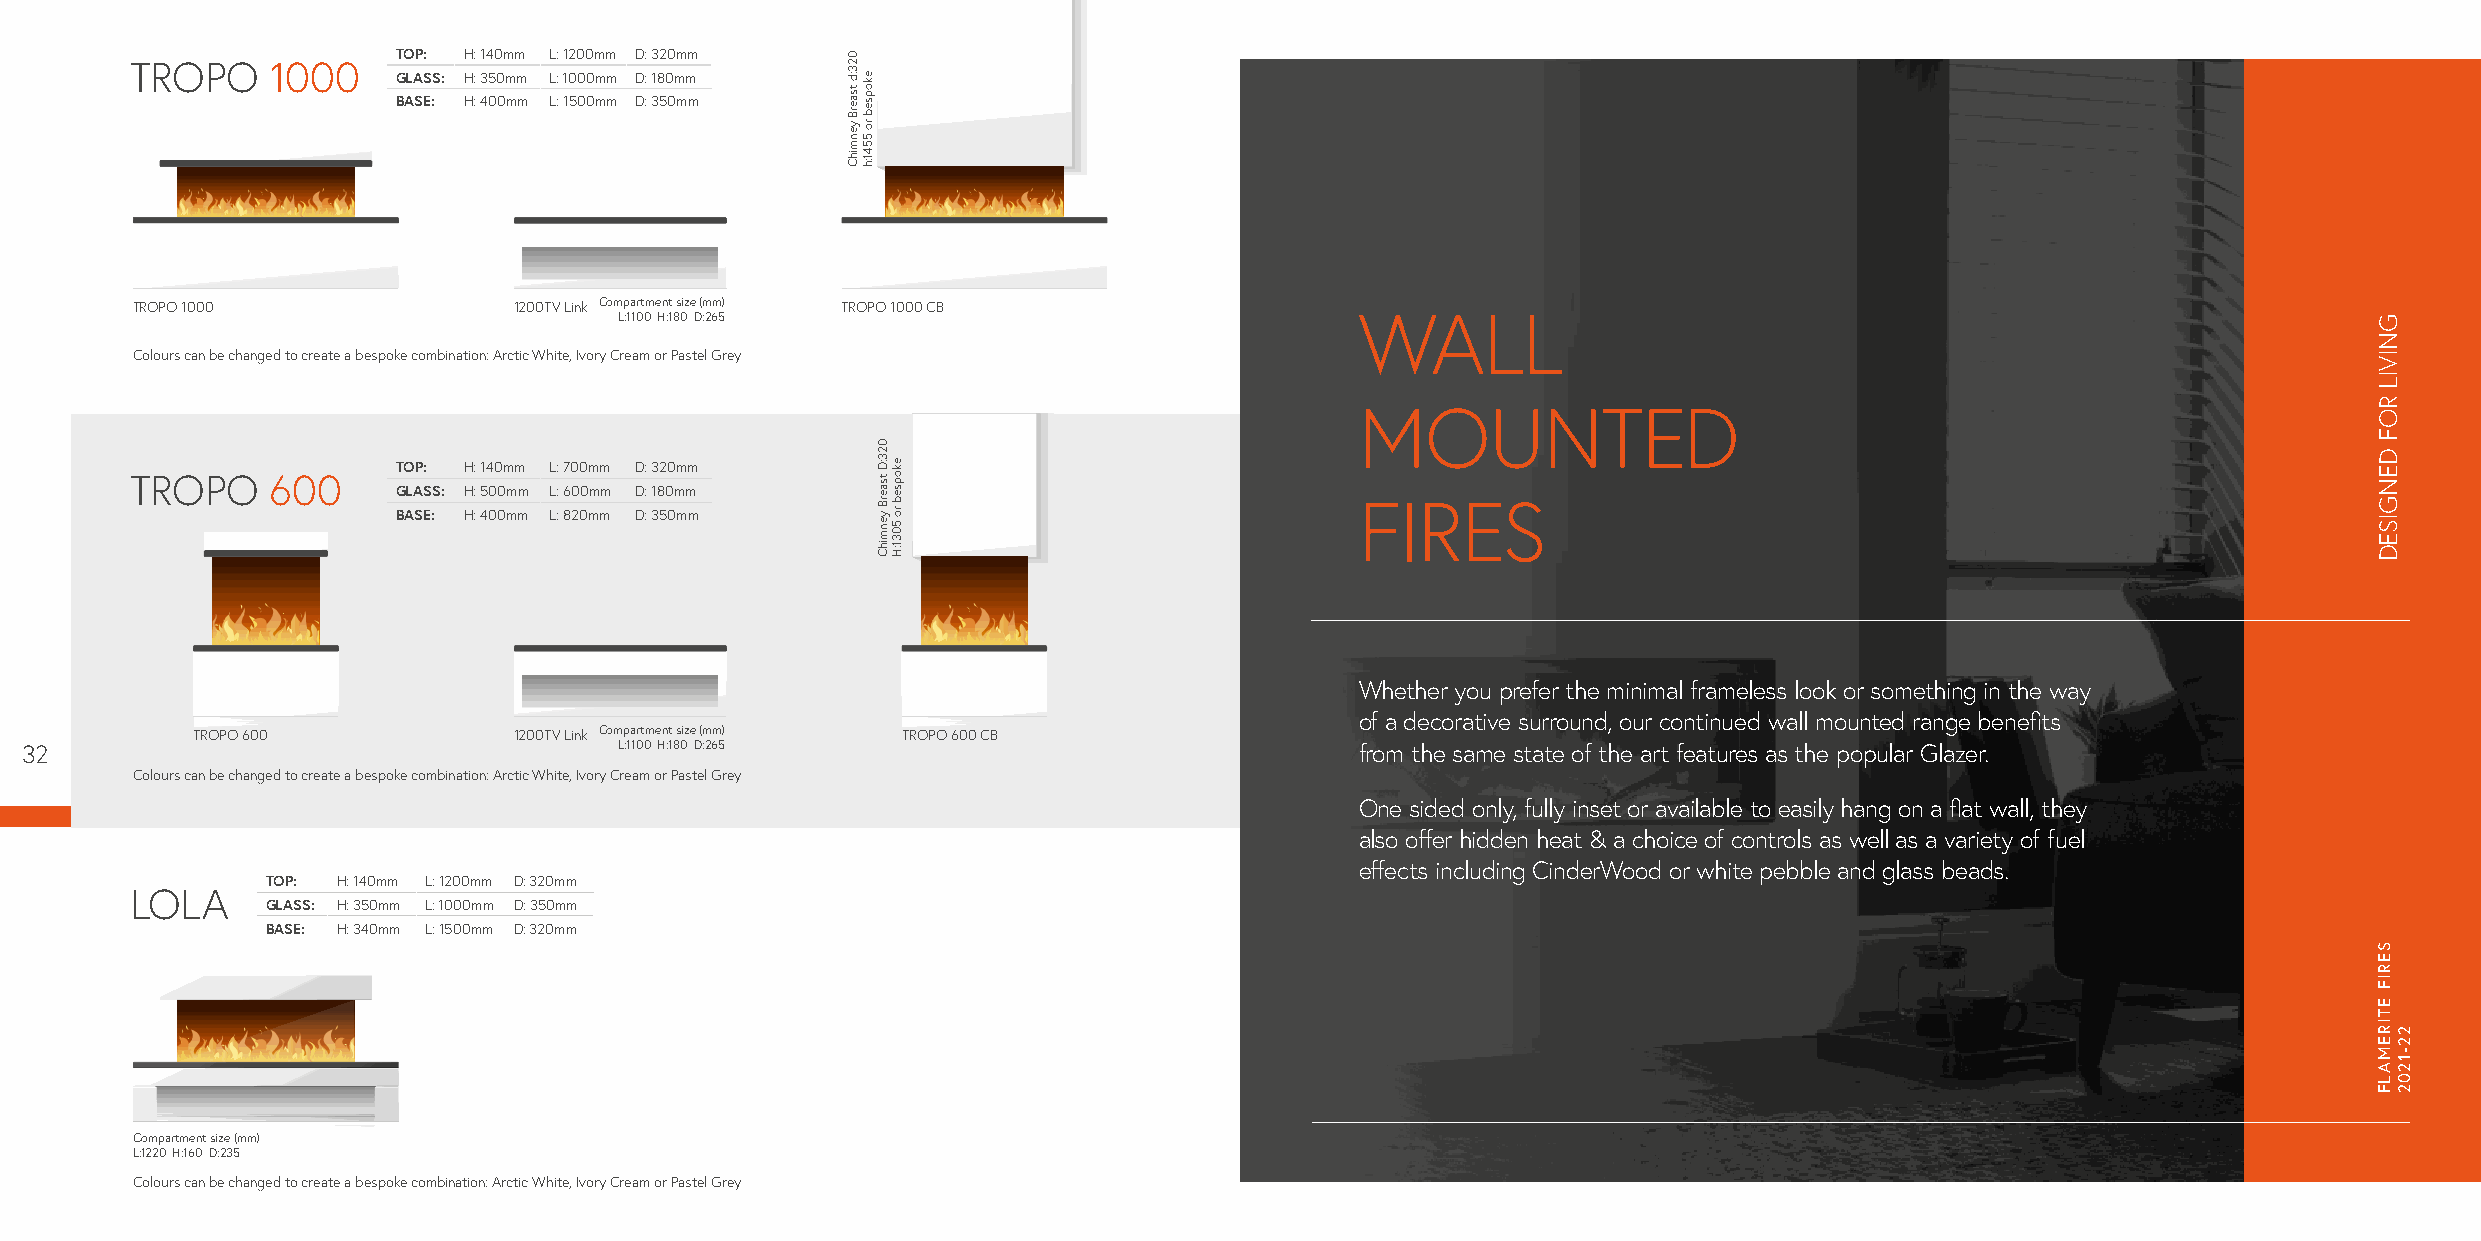
TOP: H: 140mm L: 1200mm D: 320mm
 TROPO    1000
 GLASS: H: 350mm L: 1000mm D: 180mm
 BASE: H: 400mm L: 1500mm D: 350mm
 TROPO 1000               1200TV Link Compartment size (mm) TROPO 1000 CB
 L:1100 H:180 D:265                               WALL
 Colours can be changed to create a bespoke combination: Arctic White, Ivory Cream or Pastel Grey
 MOUNTED
 TOP: H: 140mm L: 700mm D: 320mm
 TROPO    600
 GLASS: H: 500mm L: 600mm D: 180mm
 FIRES
 BASE: H: 400mm L: 820mm D: 350mm
 Whether you prefer the minimal frameless look or something in the way
 of a decorative surround, our continued wall mounted range benefits
 TROPO 600            1200TV Link Compartment size (mm) TROPO 600 CB
 32                                      L:1100 H:180 D:265                               from the same state of the art features as the popular Glazer.
 Colours can be changed to create a bespoke combination: Arctic White, Ivory Cream or Pastel Grey
 One sided only, fully inset or available to easily hang on a flat wall, they
 also offer hidden heat & a choice of controls as well as a variety of fuel
 effects including CinderWood or white pebble and glass beads.
 TOP: H: 140mm L: 1200mm D: 320mm
 LOLA
 GLASS: H: 350mm L: 1000mm D: 350mm
 BASE: H: 340mm L: 1500mm D: 320mm
 Compartment size (mm)
 L:1220 H:160 D:235
 Colours can be changed to create a bespoke combination: Arctic White, Ivory Cream or Pastel Grey
 023:d
 tsaerB
 yenmihC
 ekopseb
 ro
 5541:h
 023:D
 tsaerB
 yenmihC
 ekopseb
 ro
 5031:H
 GNIVIL
 ROF
 DENGISED
 SERIF
 ETIREMALF
 22-1202